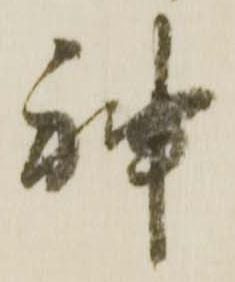
神